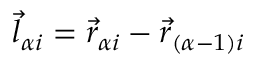
\vec { l } _ { \alpha i } = \vec { r } _ { \alpha i } - \vec { r } _ { ( \alpha - 1 ) i }